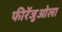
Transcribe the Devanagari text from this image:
फीरेंजुओला